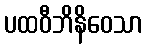
ပထဝီဘိနိဝေသာ